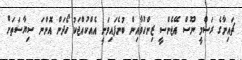
ޗައިނާގެ ރަސްމީ ނޫސް އޭޖެންސީ ޒިންހުވާއިން ބުނެފައިވަނީ އެއްކުއްޖަކު ހޯދަން އޮންނަ ސިޔާސަތަށް